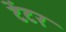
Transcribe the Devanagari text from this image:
टेंटर